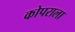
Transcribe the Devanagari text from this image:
कोपराला